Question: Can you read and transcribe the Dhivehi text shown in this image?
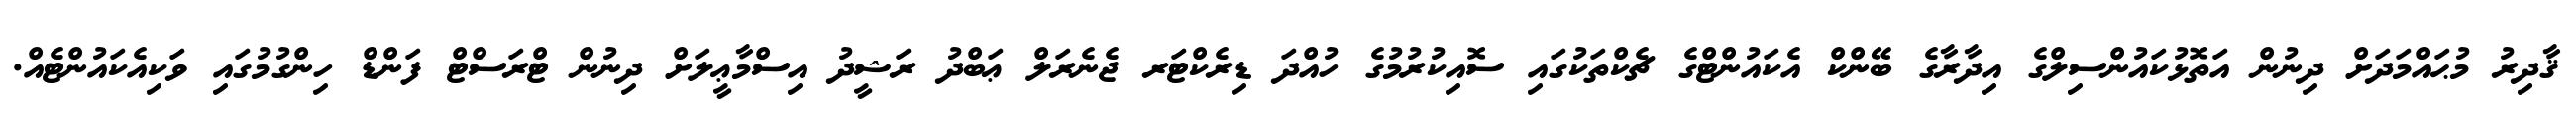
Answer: ޤާދިރު މުޙައްމަދަށް ދިނުން އަތޮޅުކައުންސިލްގެ އިދާރާގެ ބޭންކް އެކައުންޓްގެ ޗެކްތަކުގައި ސޮއިކުރުމުގެ ހުއްދަ ޑިރެކްޓަރ ޖެނެރަލް ޢަބްދު ރަޝީދު އިސްމާޢީލަށް ދިނުން ޓްރަސްޓް ފަންޑް ހިންގުމުގައި ވަކިއެކައުންޓެއް.